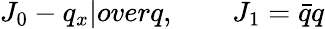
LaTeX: J_{0}-{q_{x}|overq},\qquad J_{1}=\bar{q}q